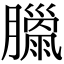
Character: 𦡳